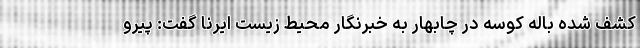
کشف شده باله کوسه در چابهار به خبرنگار محیط زیست ایرنا گفت: پیرو